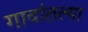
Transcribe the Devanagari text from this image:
गावांतल्या